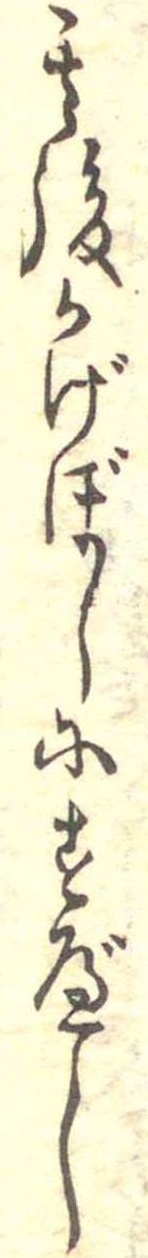
其後かげぼしにすべし